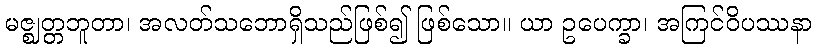
မဇ္ဈတ္တဘူတာ၊ အလတ်သဘောရှိသည်ဖြစ်၍ ဖြစ်သော။ ယာ ဥပေက္ခာ၊ အကြင်ဝိပဿနာ